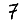
Digit: 7